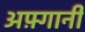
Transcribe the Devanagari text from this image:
अफ़्गानी